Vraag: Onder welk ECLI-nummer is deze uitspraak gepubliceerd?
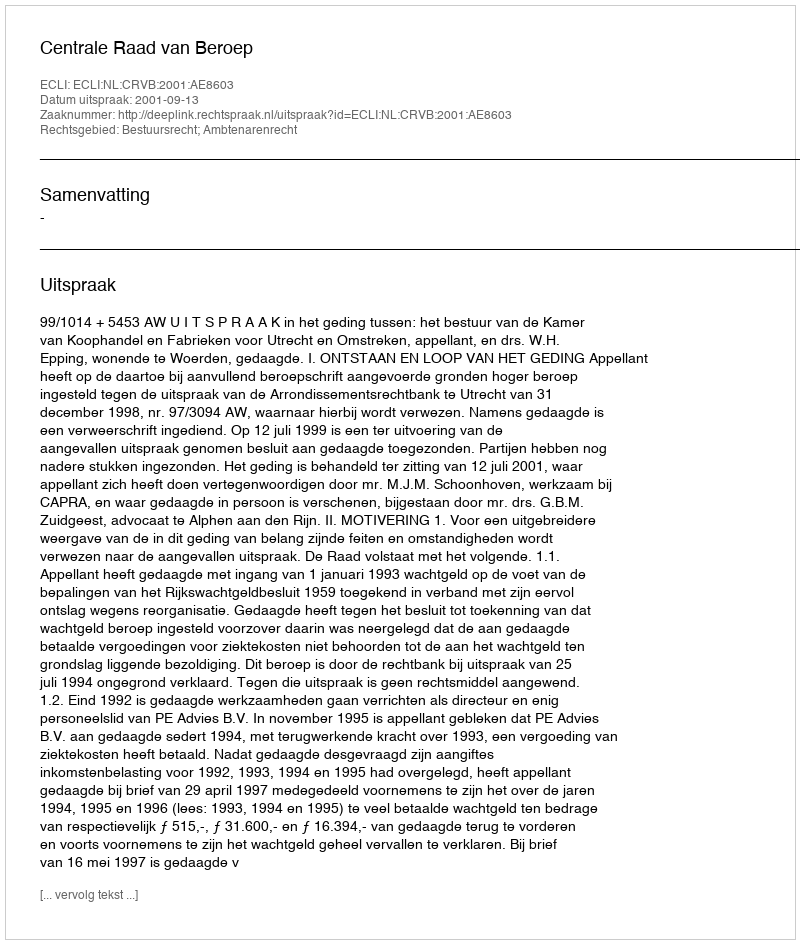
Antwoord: ECLI:NL:CRVB:2001:AE8603